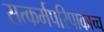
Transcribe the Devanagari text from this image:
सत्कर्मपरिपाकाच्च